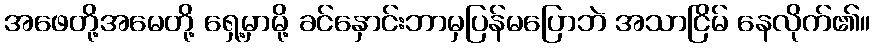
အဖေတို့အမေတို့ ရှေ့မှာမို့ ခင်နှောင်းဘာမှပြန်မပြောဘဲ အသာငြိမ် နေလိုက်၏။